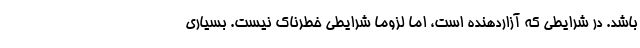
باشد. در شرایطی که آزاردهنده است، اما لزوما شرایطی خطرناک نیست. بسیاری